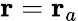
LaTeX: \mathbf{r}=\mathbf{r}_{a}